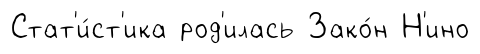
Стат'и́ст'ика род'илась Зако́н Н'ино